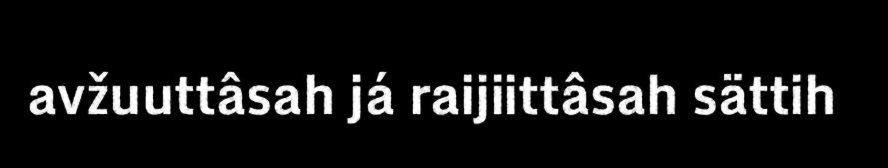
avžuuttâsah já raijiittâsah sättih